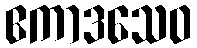
ဧကာဒသေဝ